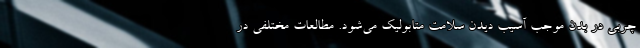
چربی در بدن موجب آسیب دیدن سلامت متابولیک می‌شود. مطالعات مختلفی در